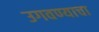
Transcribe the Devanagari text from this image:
उगवण्याचा